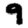
Digit: 9